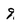
Character: 9